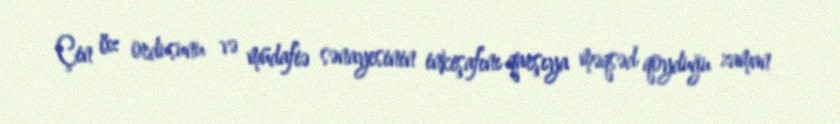
Çin öz ordusunu və müdafiə sənayesinin inkişafını qarşıya məqsəd qoyduğu zaman